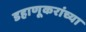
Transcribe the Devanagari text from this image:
डहाणूकरांच्या